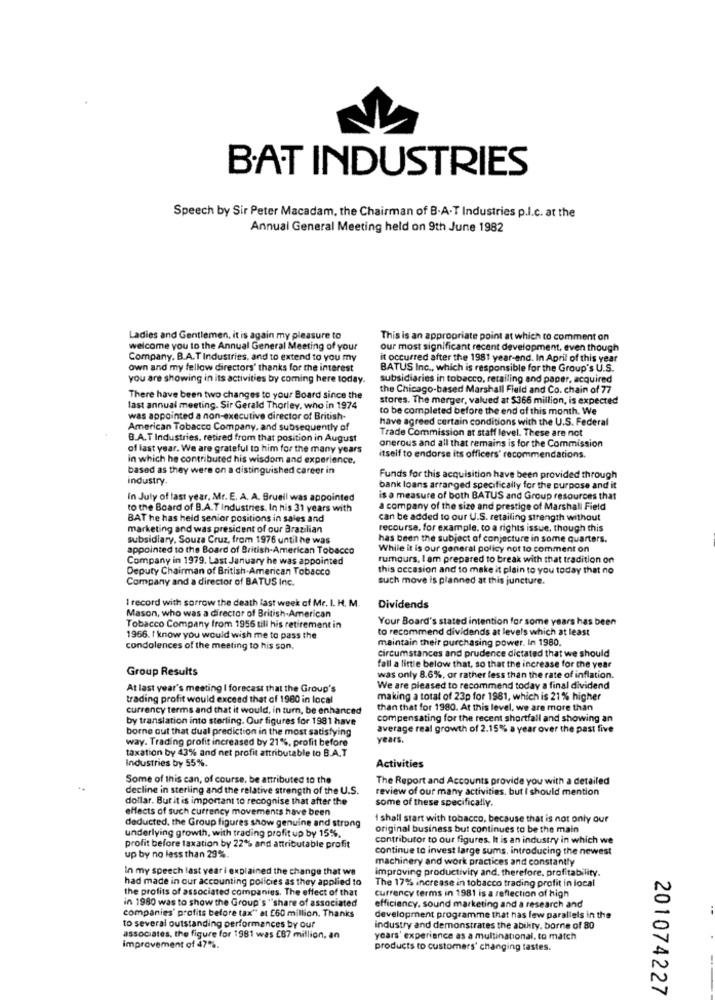
B.AT INDUSTRIES
Speech by Sir Peter Macadam, the Chairman of B.A.T Industries p.I.c. at the
Annual General Meeting held on 9th June 1982
Ladies and Gentlemen, it is again my pleasure to
This is an appropriate point at which to comment on
welcome you to the Annual General Meeting of your
our most significant recent development, even though
Company. B.A.T Industries, and to extend to you my
it occurred after the 1981 year-end. In April of this year
own and my fellow directors' thanks for the interest
BATUS Inc ., which is responsible for the Group's U.S.
you are showing in its activities by coming here today.
subsidiaries in tobacco, retailing and paper, acquired
the Chicago-based Marshall Field and Co. chain of 77
There have been two changes to your Board since the
stores. The merger, valued at $366 million, is expected
last annual meeting. Sir Gerald Thorley, who in 1974
to be completed before the end of this month. We
was appointed a non-executive director of British-
have agreed certain conditions with the U.S. Federal
American Tobacco Company, and subsequently of
Trade Commission at staff level. These are not
B.A.T Industries. retired from that position in August
of last year. We are grateful to him for the many years
onerous and all that remains is for the Commission
in which he contributed his wisdom and experience.
itself to endorse its officers' recommendations.
based as they were on a distinguished career in
industry
Funds for this acquisition have been provided through
bank loans arranged specifically for the purpose and it
In July of last year, Mr. E. A. A. Brueil was appointed
is a measure of both BATUS and Group resources that
to the Board of B.A.T Industries, In his 31 years with
a company of the size and prestige of Marshall Field
BAT he has held senior positions in sales and
can be added to our U.S. retailing strength without
marketing and was president of our Brazilian
recourse. for example, to a rights issue, though this
subsidiary, Souza Cruz, from 1976 until he was
has been the subject of conjecture in some quarters.
appointed to the Board of British-American Tobacco
While it is our general policy not to comment on
Company in 1979. Last January he was appointed
rumours, I am prepared to break with that tradition on
Deputy Chairman of British American Tobacco
this occasion and to make it plain to you today that no
Company and a director of BATUS Inc.
such move is planned at this juncture.
1 record with sorrow the death last week of Mr. I. H. M.
Dividends
Mason, who was a director of British-American
Your Board's stated intention for some years has been
Tobacco Company from 1956 till his retirement in
to recommend dividends at levels which at least
1956. I know you would wish me to pass the
maintain their purchasing power. In 1980.
condolences of the meeting to his son,
circumstances and prudence dictated that we should
Group Results
fall a little below that, so that the increase for the year
was only 8.6%, or rather less than the rate of inflation.
At last year's meeting I forecast that the Group's
We are pleased to recommend today a final dividend
trading profit would exceed that of 1980 in local
making a total of 23p for 1981, which is 21% higher
currency terms and that it would, in turn, be enhanced
than that for 1980. At this level, we are more than
by translation into sterling. Our figures for 1981 have
compensating for the recent shortfall and showing an
borne out that dual prediction in the most satisfying
average real growth of 2.15% a year over the past five
way. Trading profit increased by 21%, profit before
years.
taxation by 43% and net profit attributable to B.A.T
Industries by 55%.
Activities
Some of this can, of course, be attributed to the
The Report and Accounts provide you with a detailed
decline in sterling and the relative strength of the U.S.
review of our many activities, but I should mention
dollar. But it is important to recognise that after the
some of these specifically.
effects of such currency movements have been
deducted, the Group figures show genuine and strong
I shall start with tobacco, because that is not only our
underlying growth, with trading profit up by 15%,
original business but continues to be the main
contributor to our figures. It is an industry in which we
profit before taxation by 22% and attributable profit
continue to invest large sums, introducing the newest
up by no less than 29%.
machinery and work practices and constantty
In my speech last year i explained the change that we
improving productivity and, therefore, profitability.
had made in our accounting policies as they applied to
The 17% increase in tobacco trading profit in local
the profits of associated companies. The effect of that
currency terms in 1981 is a reflection of high
in 1980 was to show the Group's "share of associated
efficiency. sound marketing and a research and
companies' profits before tax" at E60 million. Thanks
development programme that has few parallels in the
to several outstanding performances by our
industry and demonstrates the ability, borne of 80
associates, the figure for 1981 was £87 million. an
years' experiance as a multinational, to match
Improvement of 47%.
products to customers' changing tastes.
201074227